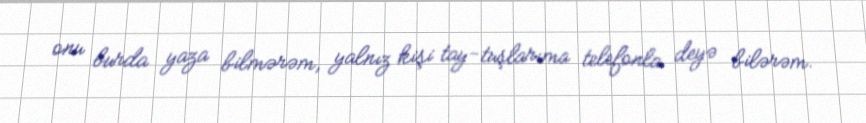
onu burda yaza bilmərəm, yalnız kişi tay-tuşlarıma telefonla deyə bilərəm.